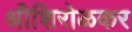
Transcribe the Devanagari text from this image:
श्रीशिरोळकर